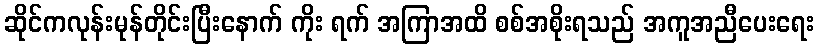
ဆိုင်ကလုန်းမုန်တိုင်းပြီးနောက် ကိုး ရက် အကြာအထိ စစ်အစိုးရသည် အကူအညီပေးရေး